Document type: Emphyteutic lease
Year: 1283
Scribe: Pere Marquès
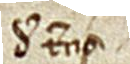
de terno